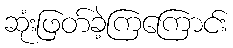
ဆုံးဖြတ်ခဲ့ကြကြောင်း